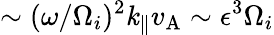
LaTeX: \sim(\omega/\Omega_{i})^{2}\mathit{k}_{\parallel}v_{\mathrm{{A}}}\sim\epsilon^{3}\Omega_{i}